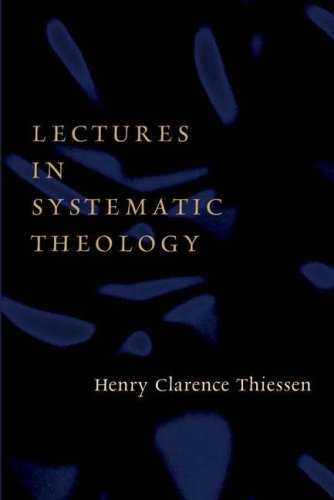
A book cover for Lectures in Systematic Theology; Henry C. Thiessen; Christian Books & Bibles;